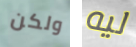
ولكن ليه